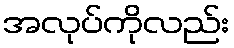
အလုပ်ကိုလည်း